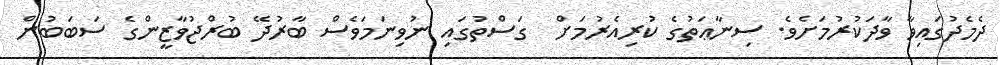
ދެމެދުގައިވާ ވާދަކުރުމަށެވެ. ސިނާޢަތުގެ ކުރިއެރުމަށް  ގަސްތުގައި ނުވިނަމަވެސް ބާރުދޭ ބުރްޖުވާޒީންގެ ސަބަބުން